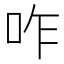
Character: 咋